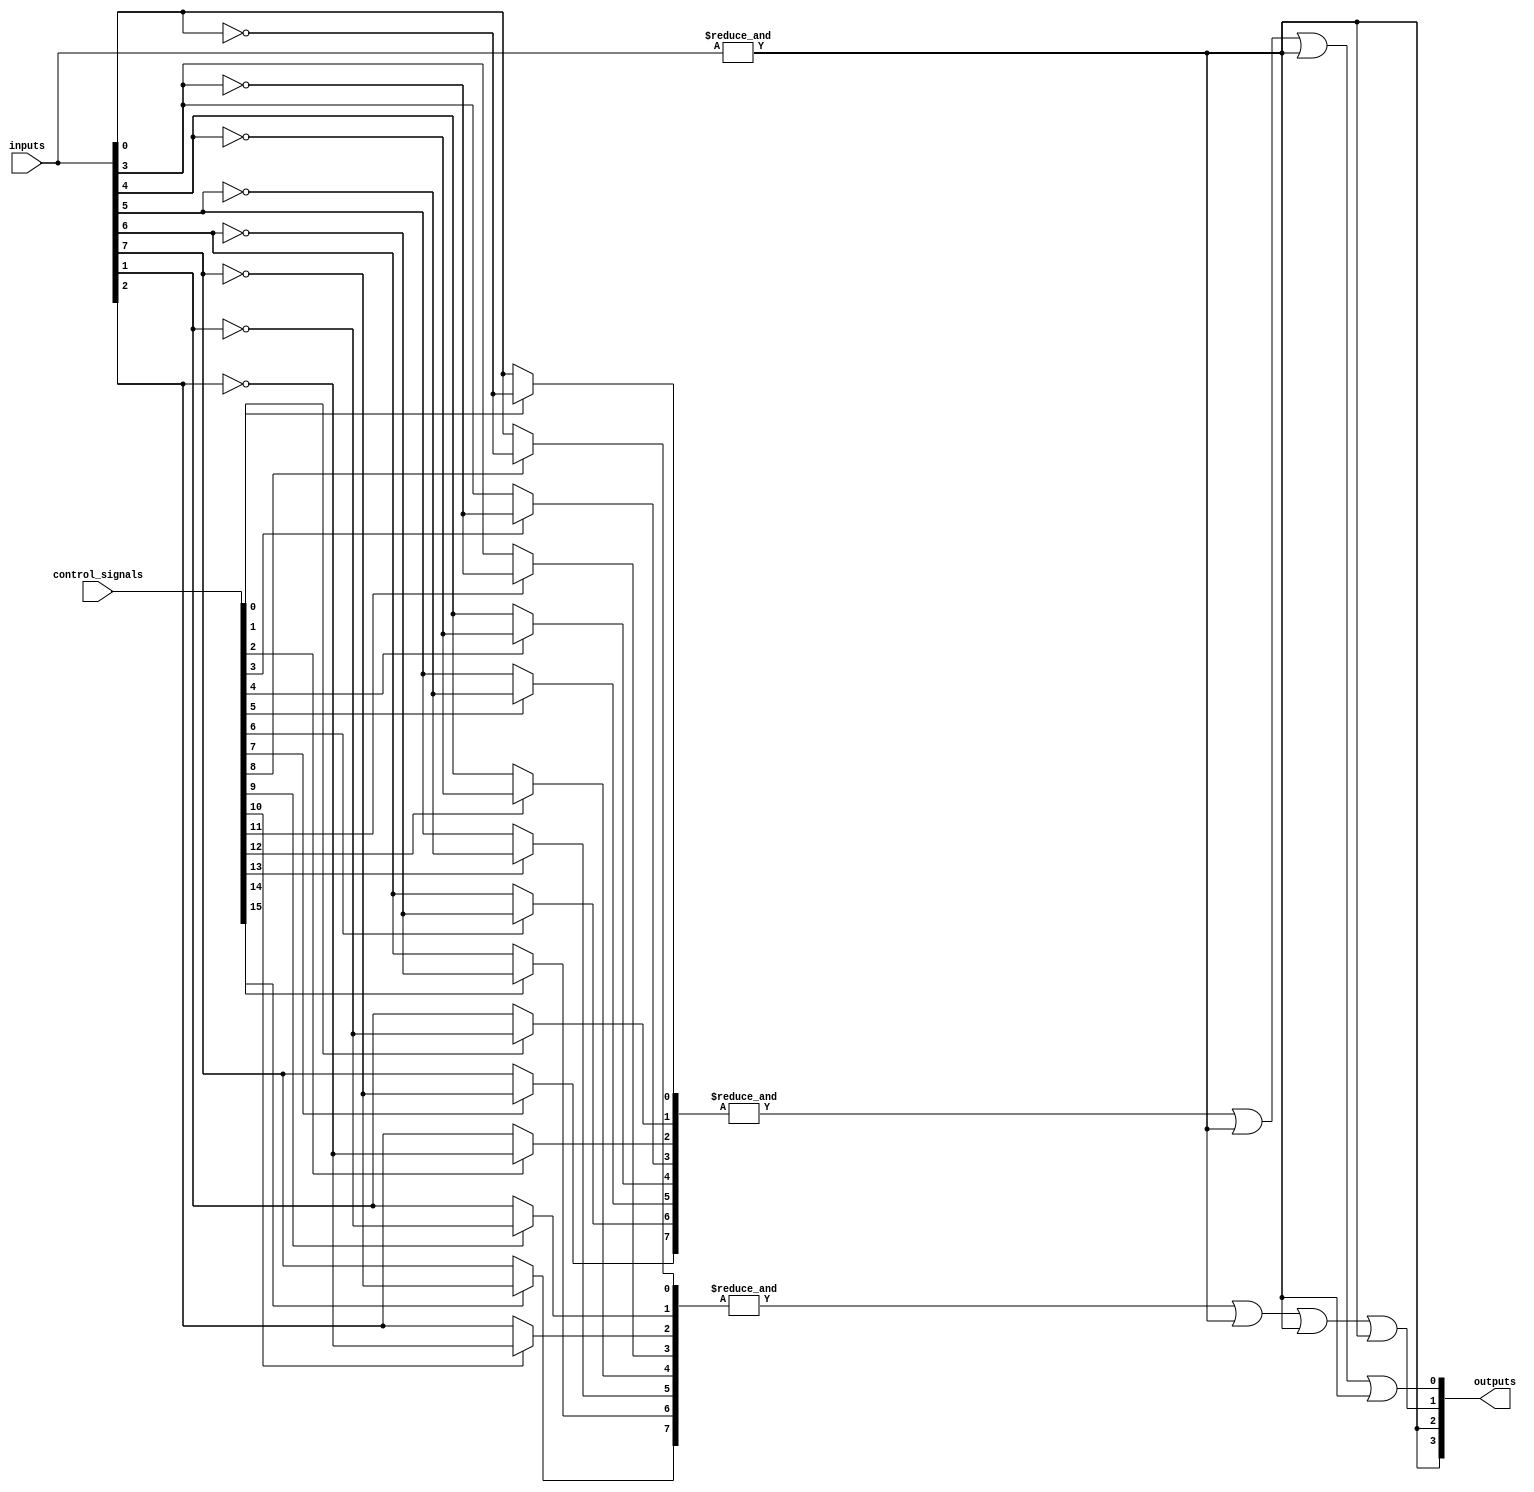
module HS_PAL (
    input wire [N-1:0] inputs,        // N inputs
    input wire [M-1:0] control_signals, // M control signals for programming AND gates
    output wire [P-1:0] outputs        // P outputs
);

// Parameters
parameter N = 8; // Number of inputs
parameter M = 16; // Number of AND gates
parameter P = 4;  // Number of OR gates

// Programmable AND array
wire [M-1:0] and_outputs; // Outputs from AND gates

generate
    genvar i, j;
    for (i = 0; i < M; i = i + 1) begin : and_array
        wire [N-1:0] and_inputs;
        // Configure AND gate inputs based on control signals
        for (j = 0; j < N; j = j + 1) begin : input_mux
            assign and_inputs[j] = control_signals[i*N + j] ? ~inputs[j] : inputs[j];
        end
        assign and_outputs[i] = &and_inputs; // AND operation
    end
endgenerate

// Fixed OR array
wire [P-1:0] or_outputs; // Outputs from OR gates

generate
    for (i = 0; i < P; i = i + 1) begin : or_array
        // Combine outputs from AND gates into OR gates
        assign or_outputs[i] = or_reduce(and_outputs, i);
    end
endgenerate

// Function to reduce AND outputs for OR gates
function or_reduce;
    input [M-1:0] and_outputs;
    input integer or_index;
    integer k;
    begin
        or_reduce = 1'b0; // Initialize OR output
        for (k = 0; k < M; k = k + 1) begin
            // Example logic to connect AND outputs to OR gates
            if (k % P == or_index) begin
                or_reduce = or_reduce | and_outputs[k];
            end
        end
    end
endfunction

// Assign final outputs
assign outputs = or_outputs;

endmodule